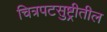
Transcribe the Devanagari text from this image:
चित्रपटसुष्ट्रीतील